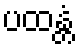
ပထန္တံ